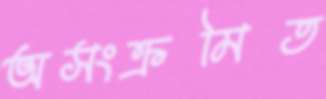
অসংক্রমিত